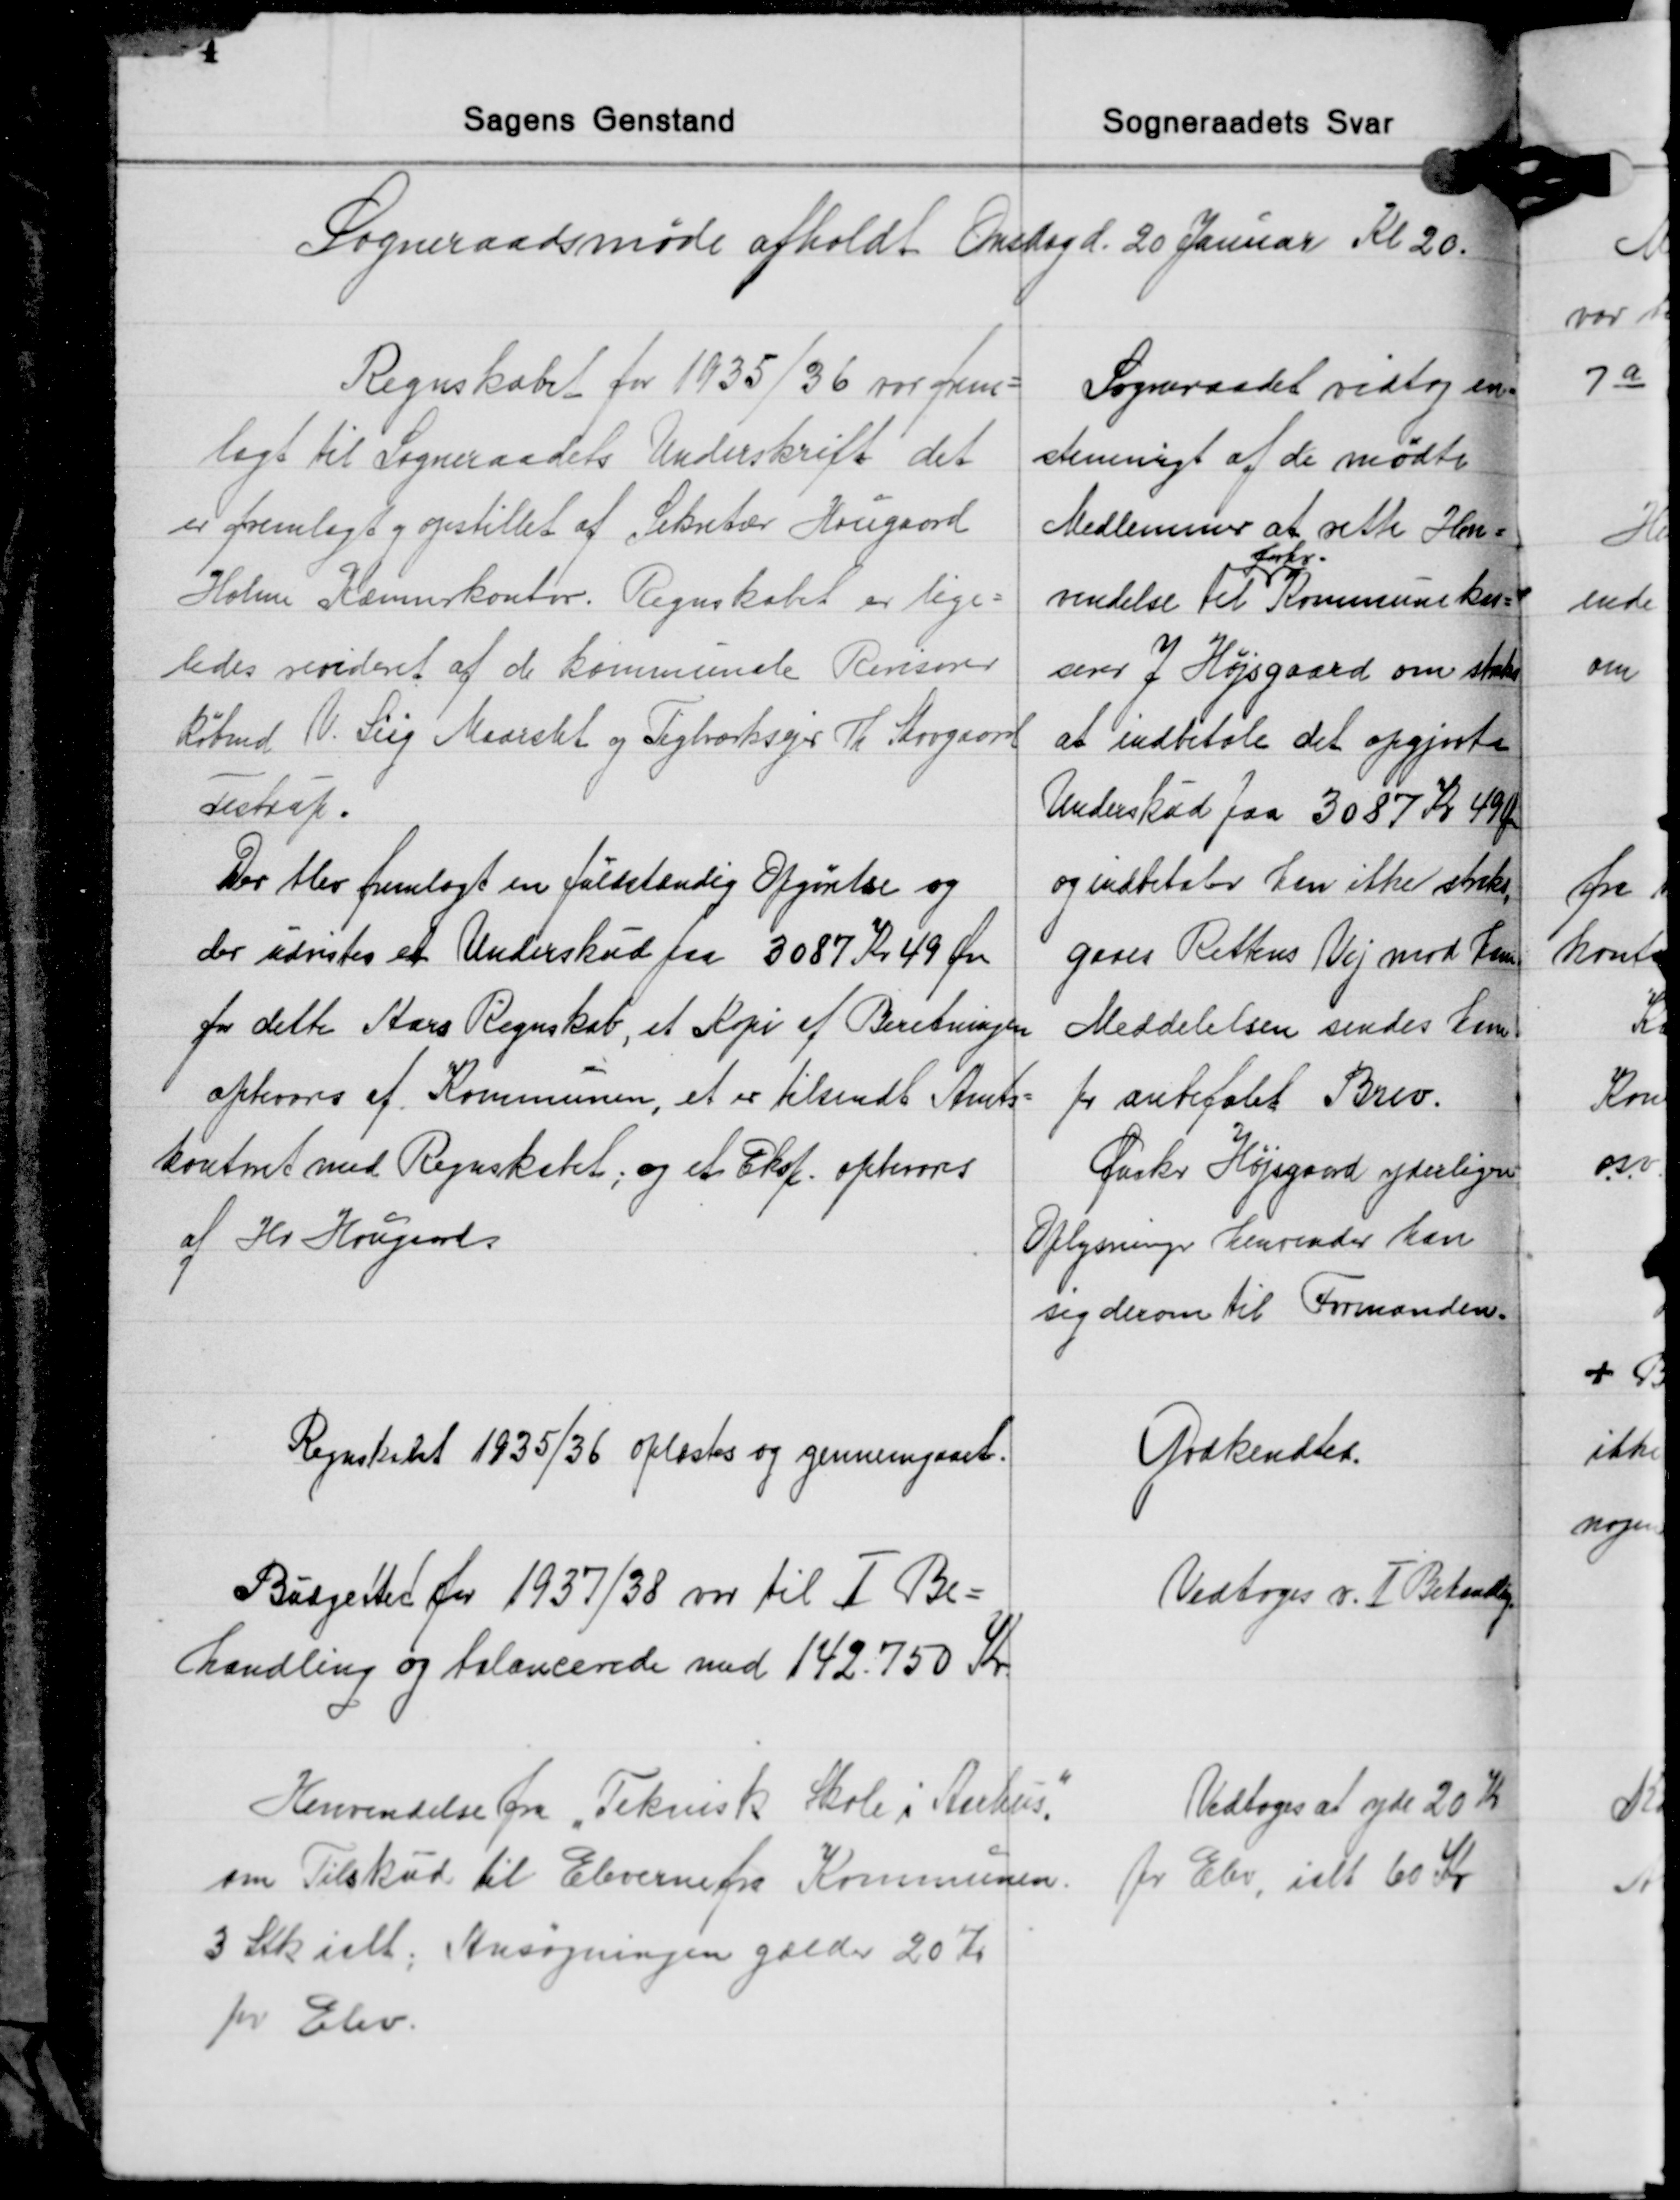
Transskription:
Sogneraadsmøde afholdt Onsdag d. 20 Januar Kl 20.

Regnskabet for 1935/36 vor frem-
lagt til Sogneraadets Underskrift det
er fremlagt og opstillet af Sekretær Hougaard
Holme Kæmnerkontor. Regnskabet er lige-
ledes revideret af de kommunale Rensorer
Købmd. V. Siig Maarslet og Teglværksejer Th. Skovgaard
Testrup.
Der blev fremlagt en fuldstændig Opgørelse og
der udvistes et Underskud paa 3087 Kr. 49 Øre
for dette Aars Regnskab, et Kopi af Beretningen
opbevares af Kommunen, et er tilsendt Amts-
kontoret med Regnskabet; og et Eksp. opbevares
af Hr. Hougaad.

Sogneraadet vedtog en-
stemmigt af de mødte
Medlemmer at rette Hen-
forhv.
vendelse til Kommunekas-
serer J. Højsgaard om straks
at indbetale det opgjorte
Underskud paa 3087 Kr. 49 Øre
og indbetaler han ikke straks,
gaaes Rettens Vej mod ham.
Meddelelsen sendes ham
pr. anbefalet Brev.
Ønsker Højsgaard yderligere
Oplysninger henvender han
sig derom til Formanden.

Regnskabet 1935/36 oplæstes og gennemgaaet.

Godkendtes.

Budgester for 1937/38 var til Ⅰ Be-
handling og balancerede med 142.750 Kr.

Vedtoges v. Ⅰ Behandling

Henvendelse fra "Teknisk Skole i Anhus".
om Tilskud til Eleverne fra Kommunen.
3 Stk. ialt. Ansøgningen gælder 20 Kr.
pr. Elev.

Vedtoges at yde 20 Kr.
pr. Elev, ialt 60 Kr.